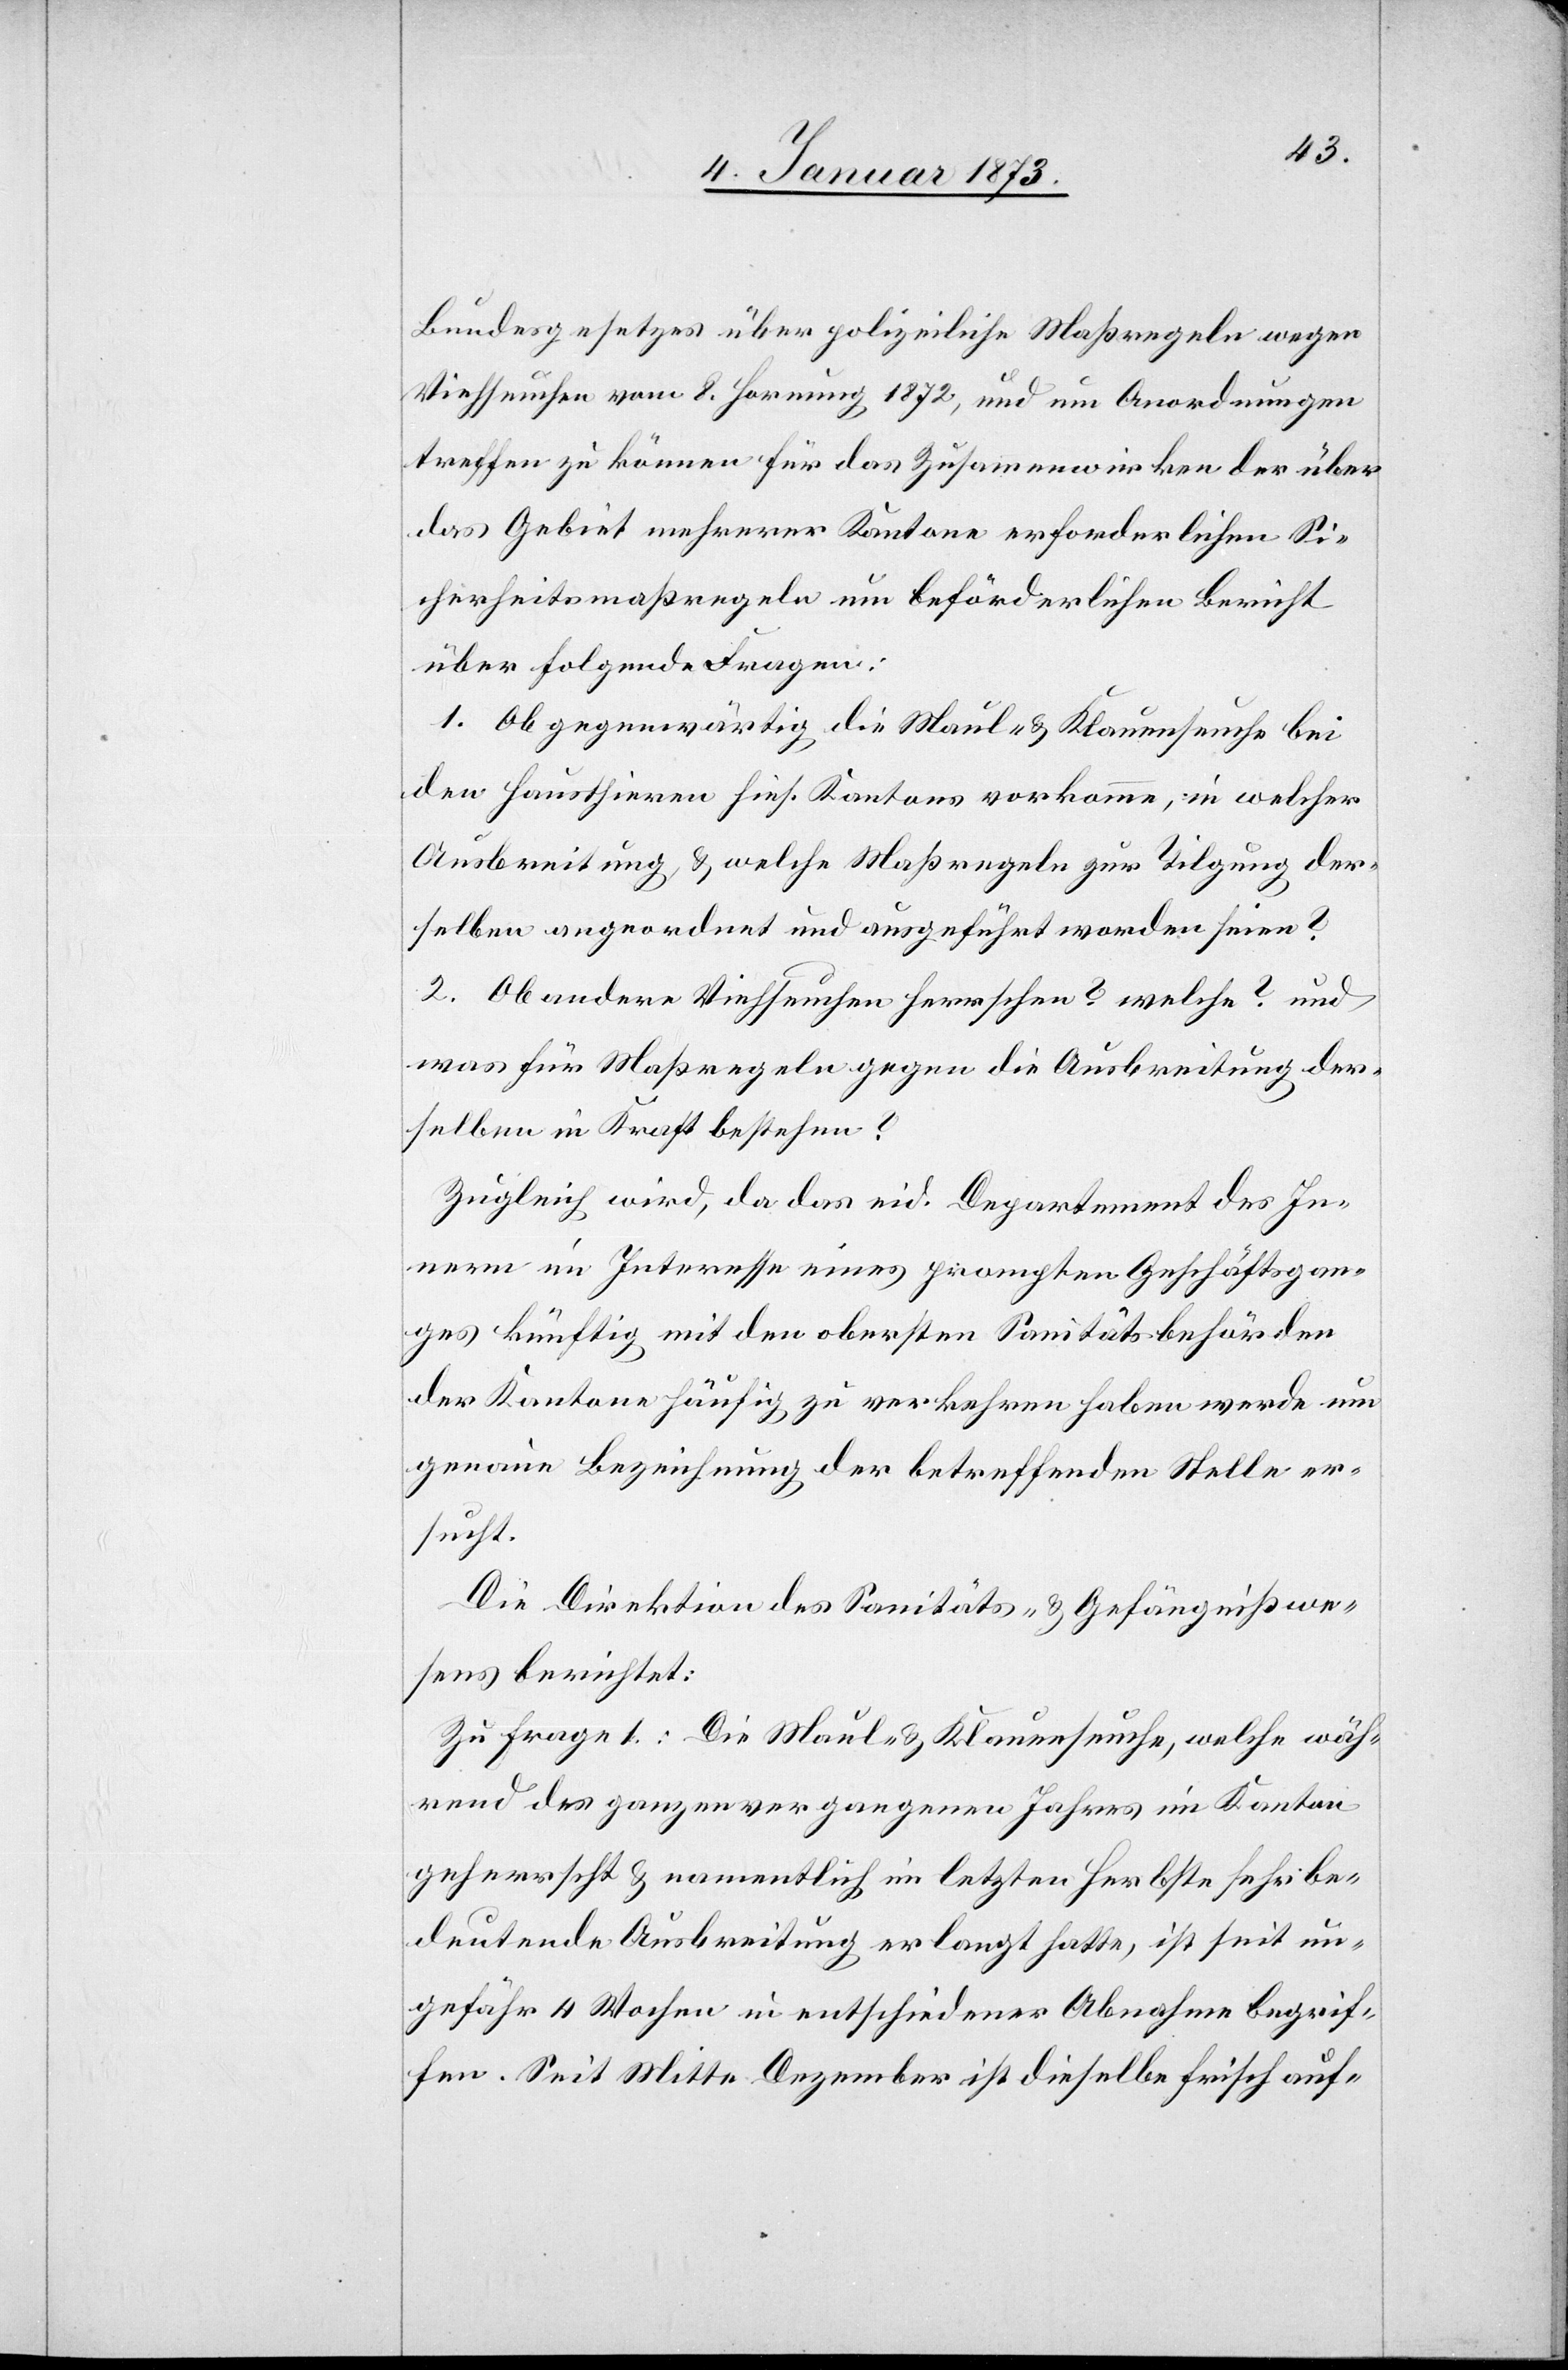
Bundesgesetzes über polizeiliche Maßregeln wegen
Viehseuchen vom 8. Hornung 1872, und um Anordnungen
treffen zu können für das Zusammenwirken der über
das Gebiet mehrerer Kantone erforderlichen Si¬
cherheitsmaßregeln um beförderlichen Bericht
über folgende Fragen:
1. Ob gegenwärtig die Maul- & Klauenseuche bei
den Hausthieren hies. Kantons vorkomme, in welcher
Ausbreitung & welche Maßregeln zur Tilgung der¬
selben angeordnet und ausgeführt worden seien?
2. Ob andere Viehseuchen herrschen? welche? und
was für Maßregeln gegen die Ausbreitung der¬
selben in Kraft bestehen?
Zugleich wird, da das eid. Departement des In¬
nern im Interesse eines prompten Geschäftsgan¬
ges künftig mit den obersten Sanitätsbehörden
der Kantone häufig zu verkehren haben werde um
genaue Beziehung der betreffenden Stelle er¬
sucht.
Die Direktion des Sanitäts- & Gefängnißwe¬
sens berichtet:
Zu Frage 1.: Die Maul- & Klauenseuche, welche wäh¬
rend des ganzen vergangenen Jahres im Kanton
geherrscht & namentlich im letzten Herbste sehr be¬
deutende Ausbreitung erlangt hatte, ist seit un¬
gefähr 4 Wochen in entschiedener Abnahme begrif¬
fen. Seit Mitte Dezember ist dieselbe frisch auf-